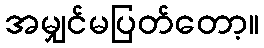
အမျှင်မပြတ်တော့။